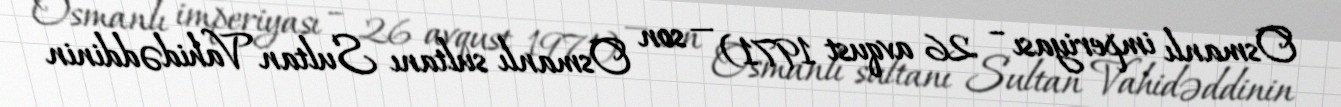
Osmanlı imperiyası – 26 avqust 1971) — son Osmanlı sultanı Sultan Vahidəddinin